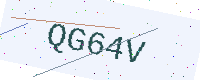
Text: QG64V